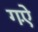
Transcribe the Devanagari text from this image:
गऐं